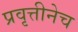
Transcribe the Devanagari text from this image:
प्रवृत्तीनेच